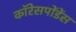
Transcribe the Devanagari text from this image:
कॉरेसपोंडेंस